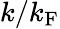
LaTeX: k/k_{\mathrm{F}}